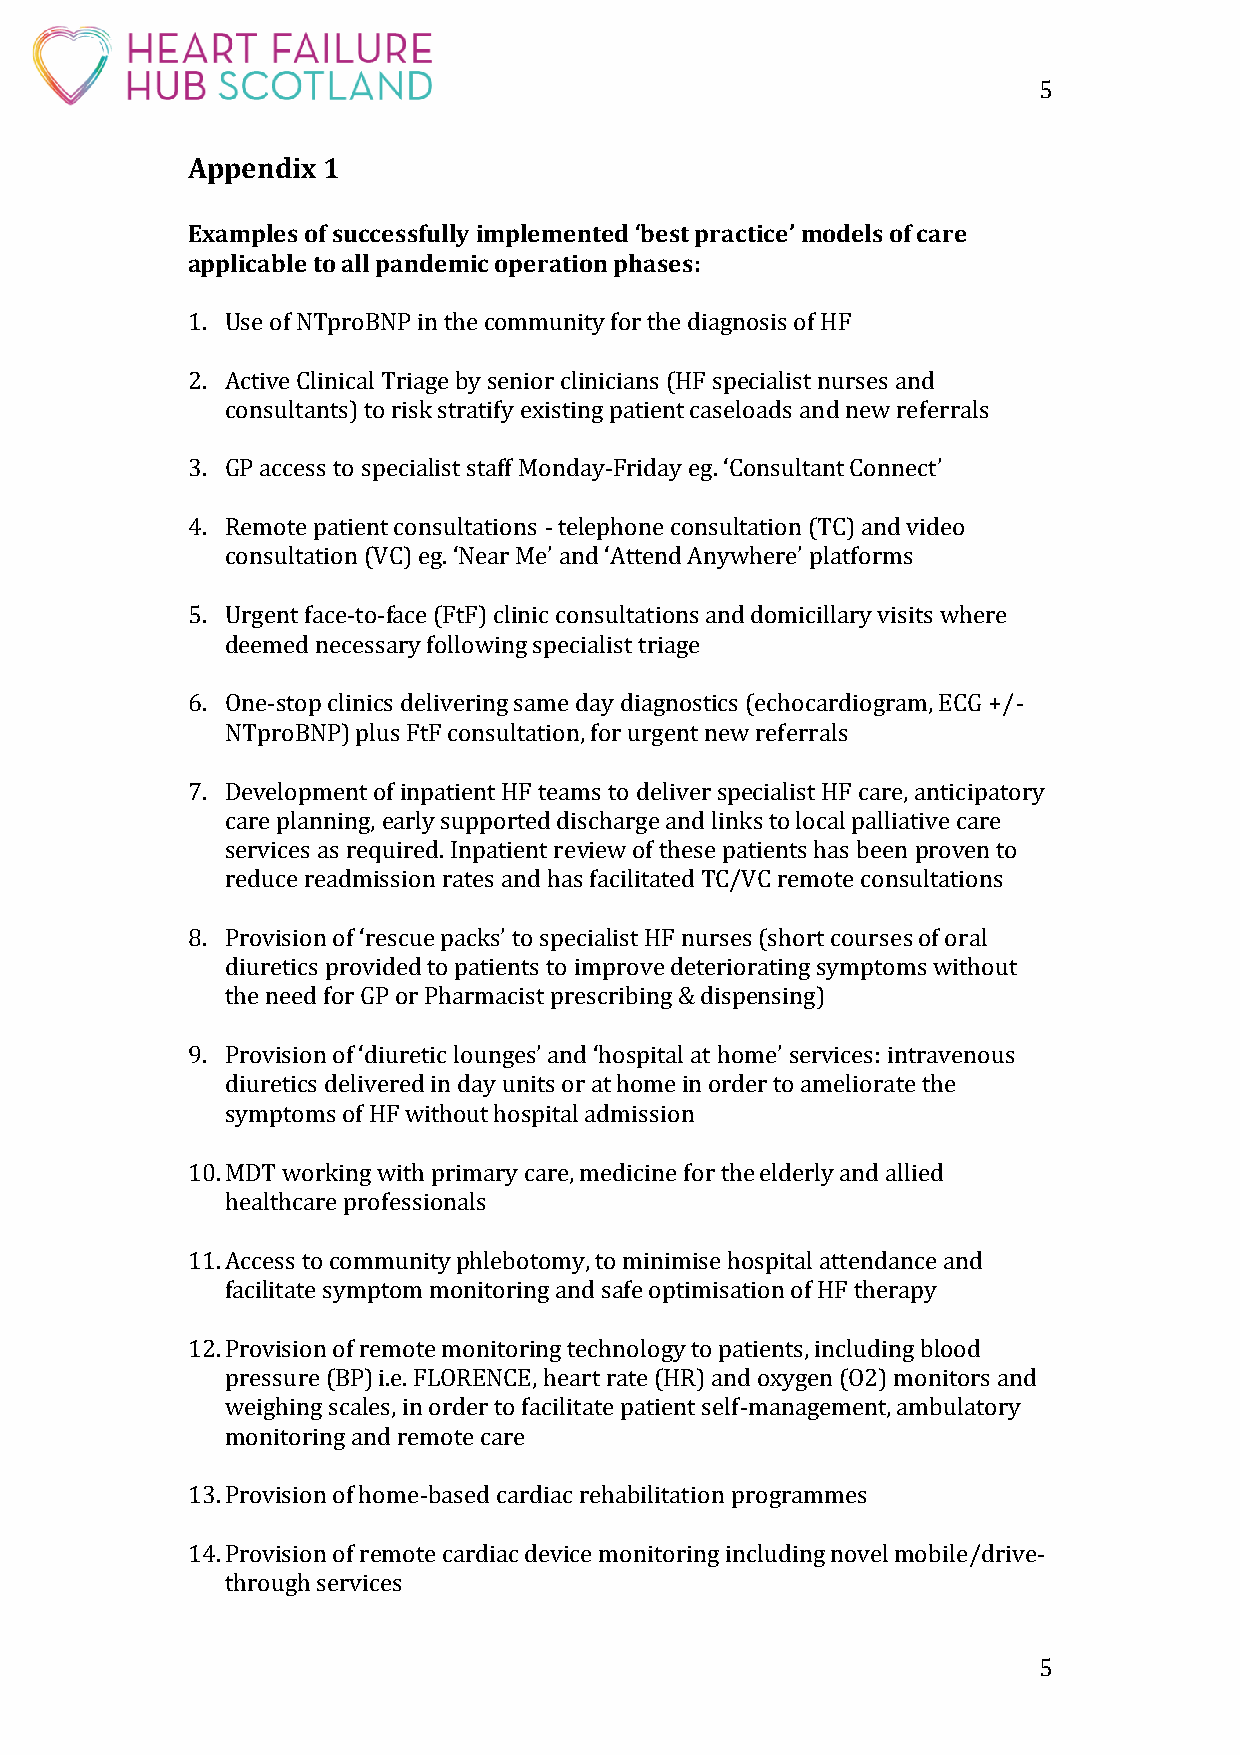
5
 Appendix 1
 Examples of successfully implemented ‘best practice’ models of care
 applicable to all pandemic operation phases:
 1. Use of NTproBNP in the community for the diagnosis of HF
 2. Active Clinical Triage by senior clinicians (HF specialist nurses and
 consultants) to risk stratify existing patient caseloads and new referrals
 3. GP access to specialist staff Monday-Friday eg. ‘Consultant Connect’
 4. Remote patient consultations - telephone consultation (TC) and video
 consultation (VC) eg. ‘Near Me’ and ‘Attend Anywhere’ platforms
 5. Urgent face-to-face (FtF) clinic consultations and domicillary visits where
 deemed necessary following specialist triage
 6. One-stop clinics delivering same day diagnostics (echocardiogram, ECG +/-
 NTproBNP) plus FtF consultation, for urgent new referrals
 7. Development of inpatient HF teams to deliver specialist HF care, anticipatory
 care planning, early supported discharge and links to local palliative care
 services as required. Inpatient review of these patients has been proven to
 reduce readmission rates and has facilitated TC/VC remote consultations
 8. Provision of ‘rescue packs’ to specialist HF nurses (short courses of oral
 diuretics provided to patients to improve deteriorating symptoms without
 the need for GP or Pharmacist prescribing & dispensing)
 9. Provision of ‘diuretic lounges’ and ‘hospital at home’ services: intravenous
 diuretics delivered in day units or at home in order to ameliorate the
 symptoms of HF without hospital admission
 10. MDT working with primary care, medicine for the elderly and allied
 healthcare professionals
 11. Access to community phlebotomy, to minimise hospital attendance and
 facilitate symptom monitoring and safe optimisation of HF therapy
 12. Provision of remote monitoring technology to patients, including blood
 pressure (BP) i.e. FLORENCE, heart rate (HR) and oxygen (O2) monitors and
 weighing scales, in order to facilitate patient self-management, ambulatory
 monitoring and remote care
 13. Provision of home-based cardiac rehabilitation programmes
 14. Provision of remote cardiac device monitoring including novel mobile/drive-
 through services
 5